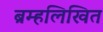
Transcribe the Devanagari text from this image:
ब्रम्हलिखित